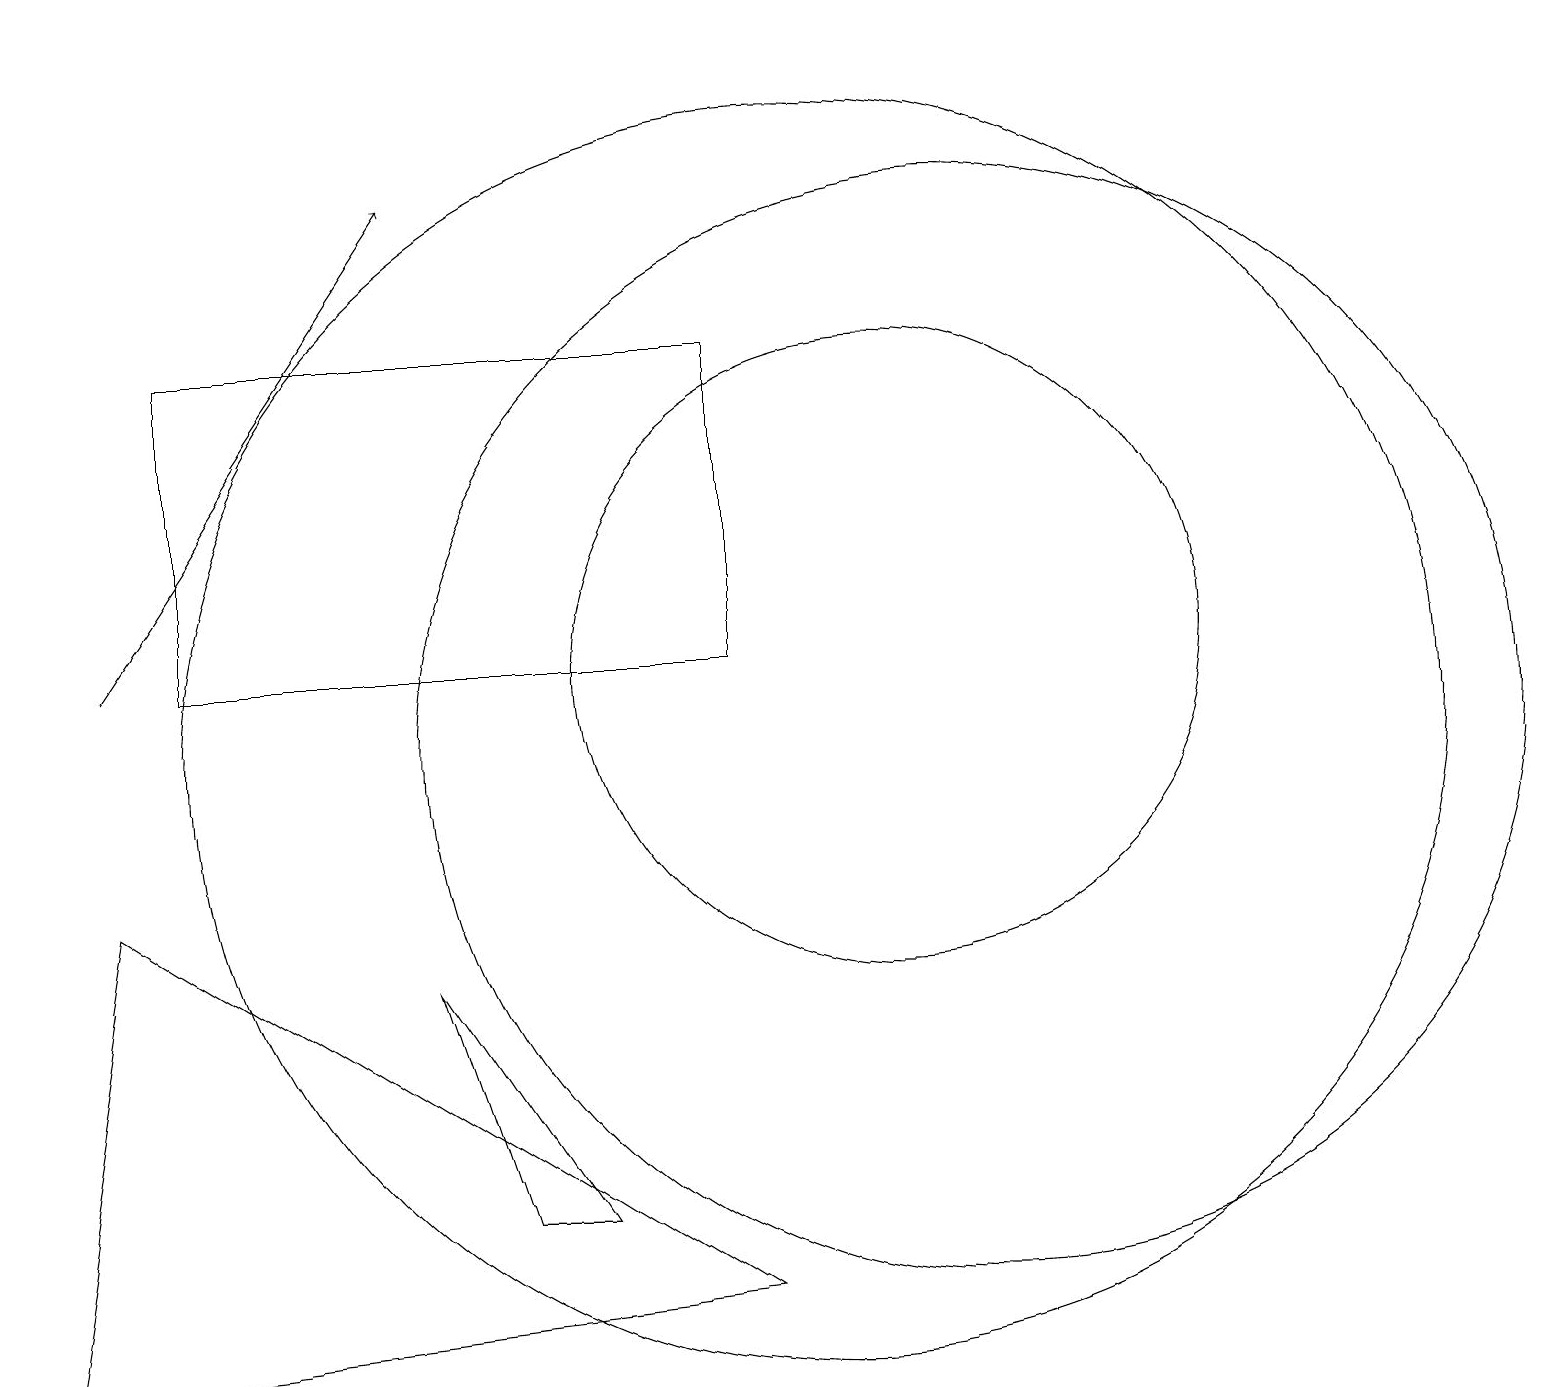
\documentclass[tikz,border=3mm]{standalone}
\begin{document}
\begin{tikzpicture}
\draw (12,10) circle (7);
\draw[->] (1,11) -- (5,17);
\draw (0,19) rectangle (0,17);
\draw (5,7) -- (6,4) -- (7,4) -- cycle;
\draw (0,2) -- (9,3) -- (1,8) -- cycle;
\draw (9,15) rectangle (2,11);
\draw (11,11) circle (4);
\draw (10,10) circle (8);
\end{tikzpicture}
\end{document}